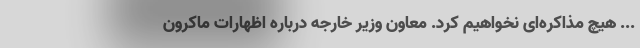
... هیچ مذاکره‌ای نخواهیم کرد. معاون وزیر خارجه درباره اظهارات ماکرون